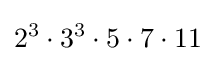
2^{3}\cdot 3^{3}\cdot 5\cdot 7\cdot 11